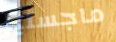
ماجستير